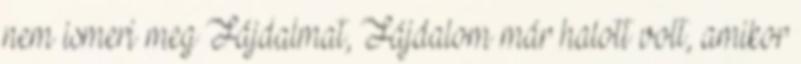
nem ismeri meg Fájdalmat, Fájdalom már halott volt, amikor